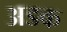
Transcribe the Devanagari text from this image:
अडक